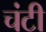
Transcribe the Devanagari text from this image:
चंटी